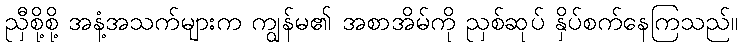
ညှီစို့စို့ အနံ့အသက်များက ကျွန်မ၏ အစာအိမ်ကို ညှစ်ဆုပ် နှိပ်စက်နေကြသည်။